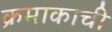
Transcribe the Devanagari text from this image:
क्रमाकाची